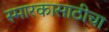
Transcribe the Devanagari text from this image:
स्मारकासाठीचा